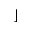
\rfloor